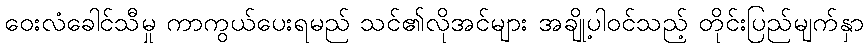
ဝေးလံခေါင်သီမှု ကာကွယ်ပေးရမည် သင်၏လိုအင်များ အချို့ပါဝင်သည့် တိုင်းပြည်မျက်နှာ